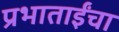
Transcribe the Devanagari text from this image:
प्रभाताईंचा